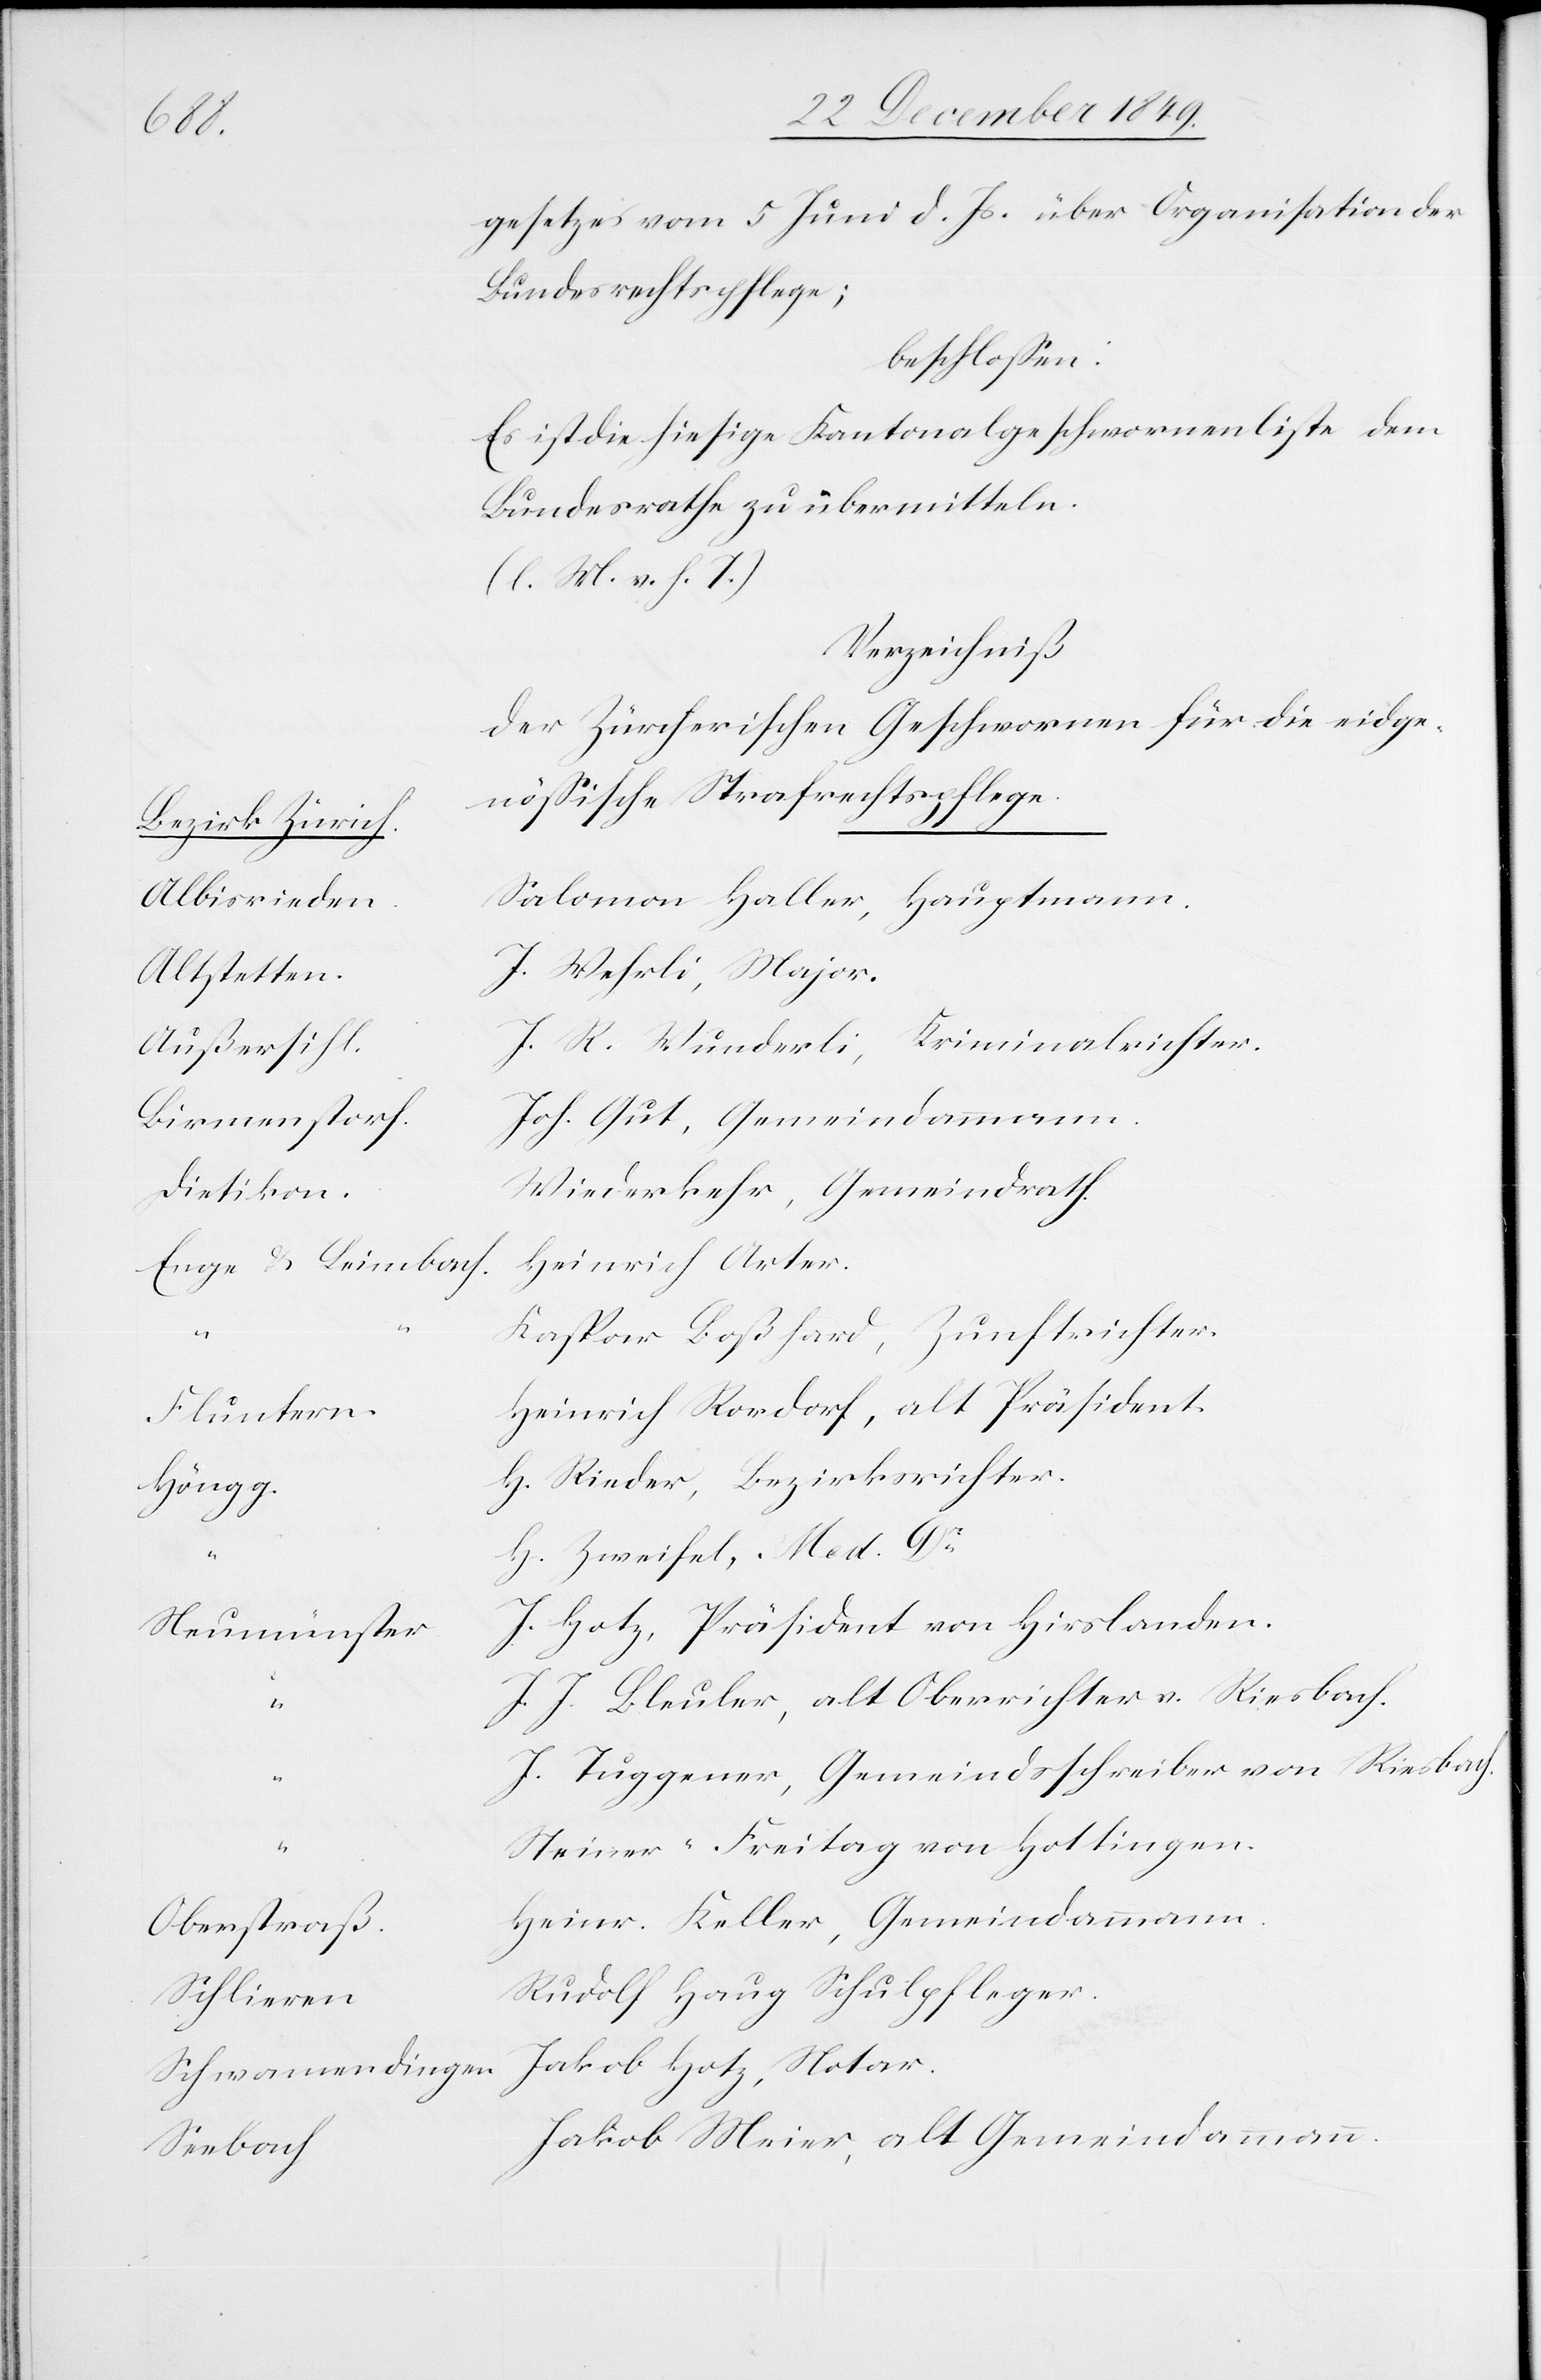
“				S¬
Bezirk Zürich.
Albisriede¬
Altstette¬
Außersih¬
Birmenstor¬
Dietikon	W¬
Enge u. Leimbach
Med.
Flunter¬
Neumünste¬
Oberstraß		H¬
Schliere¬
Schwamendingen
Seebac¬

gesetzes vom 5 Juni d. Js. über Organisation der
Bundesrechtspflege;
beschloßen:
Es ist die hiesige Kantonalgeschworenenliste dem
Bundesrathe zu übermitteln.
[l. M. v. h. T]
Verzeichniß
Der Zürcherischen Geschworenen für die eidge¬
nößische Strafrechtspflege.
n	Salomon Haller, Hauptmann.
n	J. Wehrli, Major.
l	J. R. Wunderli, Kriminalgerichter.
f	Joh. Gut, Gemeindammann.
iederkehr, Gemeindrath.
Heinrich Arter.
aspar Boßhard, Zunftrichter.
einrich Rordorf, alt Präsident
Rieder, Bezirksrichter.
r	J. Hotz, Präsident von Hirslanden.
J. Bleuler, alt Oberrichter v. Riesbach.
Tuggener, Gemeindsschreiber von Riesbach.
teiner-Freitag von Hottingen.
einr. Keller, Gemeindammann.
n		Rudolf Haug Schulpfleger.
Jakob Hotz, Notar.
h	Jakob Meier, alt Gemeindammann.